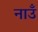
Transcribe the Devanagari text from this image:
नाउँ